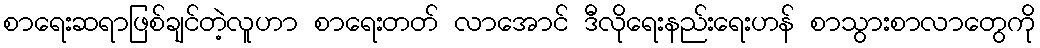
စာရေးဆရာဖြစ်ချင်တဲ့လူဟာ စာရေးတတ် လာအောင် ဒီလိုရေးနည်းရေးဟန် စာသွားစာလာတွေကို